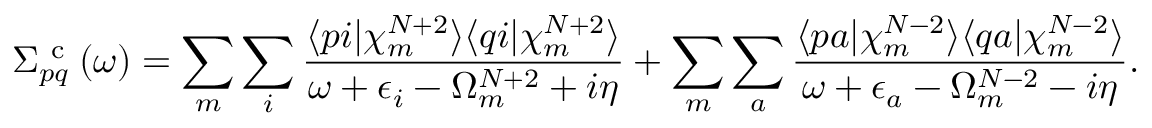
\Sigma _ { p q } ^ { \mathrm { ~ c ~ } } ( \omega ) = \sum _ { m } \sum _ { i } \frac { \langle p i | \chi _ { m } ^ { N + 2 } \rangle \langle q i | \chi _ { m } ^ { N + 2 } \rangle } { \omega + \epsilon _ { i } - \Omega _ { m } ^ { N + 2 } + i \eta } + \sum _ { m } \sum _ { a } \frac { \langle p a | \chi _ { m } ^ { N - 2 } \rangle \langle q a | \chi _ { m } ^ { N - 2 } \rangle } { \omega + \epsilon _ { a } - \Omega _ { m } ^ { N - 2 } - i \eta } .